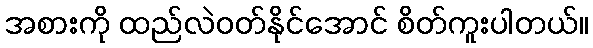
အစားကို ထည်လဲဝတ်နိုင်အောင် စိတ်ကူးပါတယ်။